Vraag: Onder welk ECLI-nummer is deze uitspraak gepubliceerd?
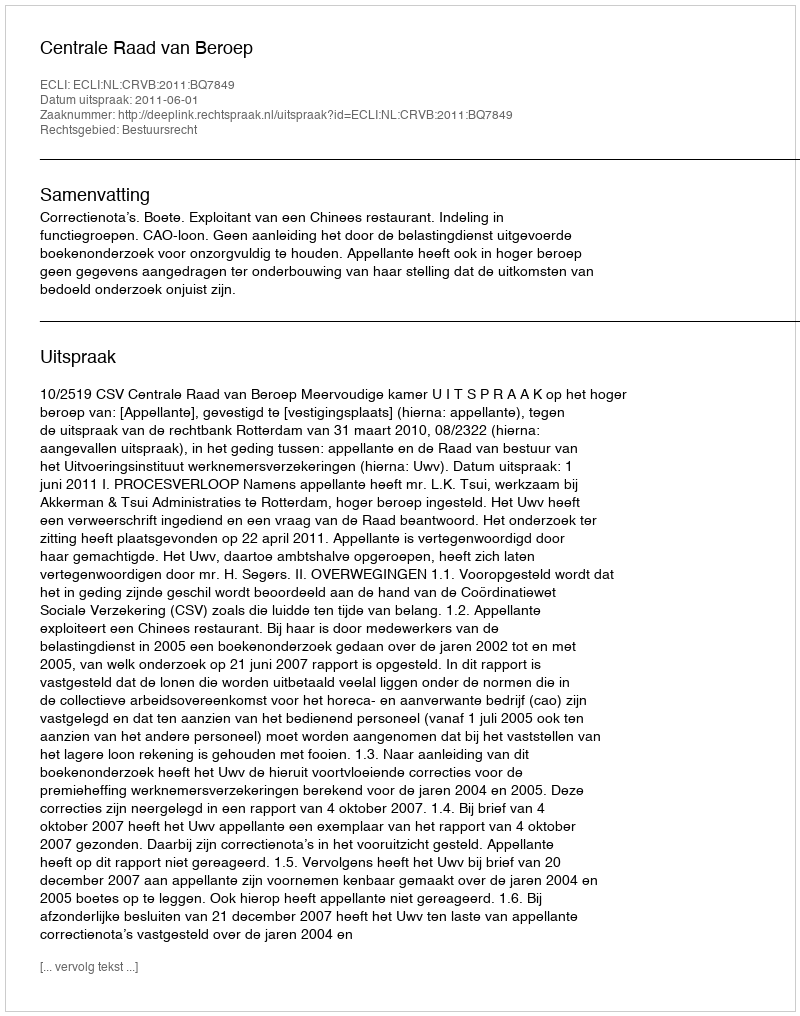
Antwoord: ECLI:NL:CRVB:2011:BQ7849